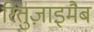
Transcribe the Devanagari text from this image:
रितुज़ाइमैब